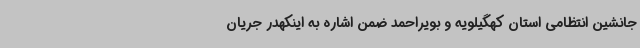
جانشین انتظامی استان کهگیلویه و بویراحمد ضمن اشاره به اینکهدر جریان